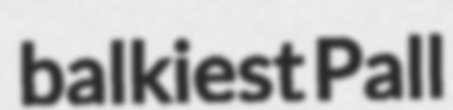
balkiest Pall